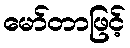
မော်တာဖြင့်